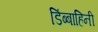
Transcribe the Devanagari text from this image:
डिंब्बाहिनी